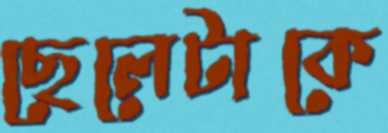
ছেলেটাকে